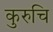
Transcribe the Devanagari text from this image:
कुरुचि